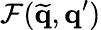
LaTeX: \mathcal{F}(\widetilde{\mathbf{q}},\mathbf{q}^{\prime})